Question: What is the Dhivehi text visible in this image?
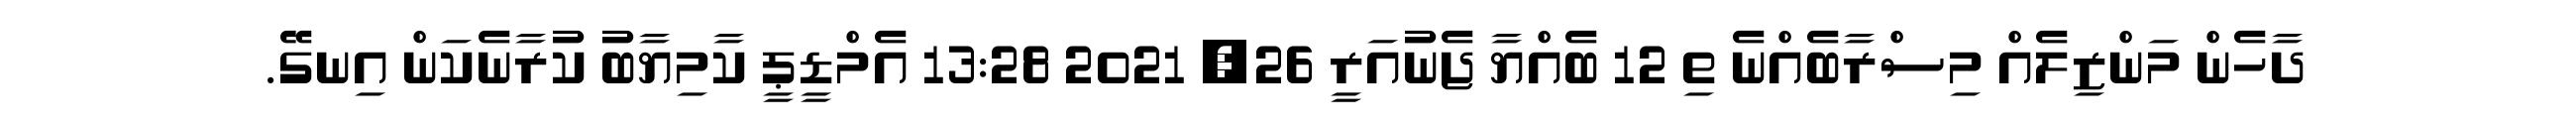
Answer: ދާހެން މަންޒިލެއް މިސްރާބެއްނެ ތި 12 ބެއްޔާ ޖެނުއަރީ 26, 2021 13:28 އެމްޑީޕީ ކާމިޔާބު ކުރާނެކަން އިނގޭ.